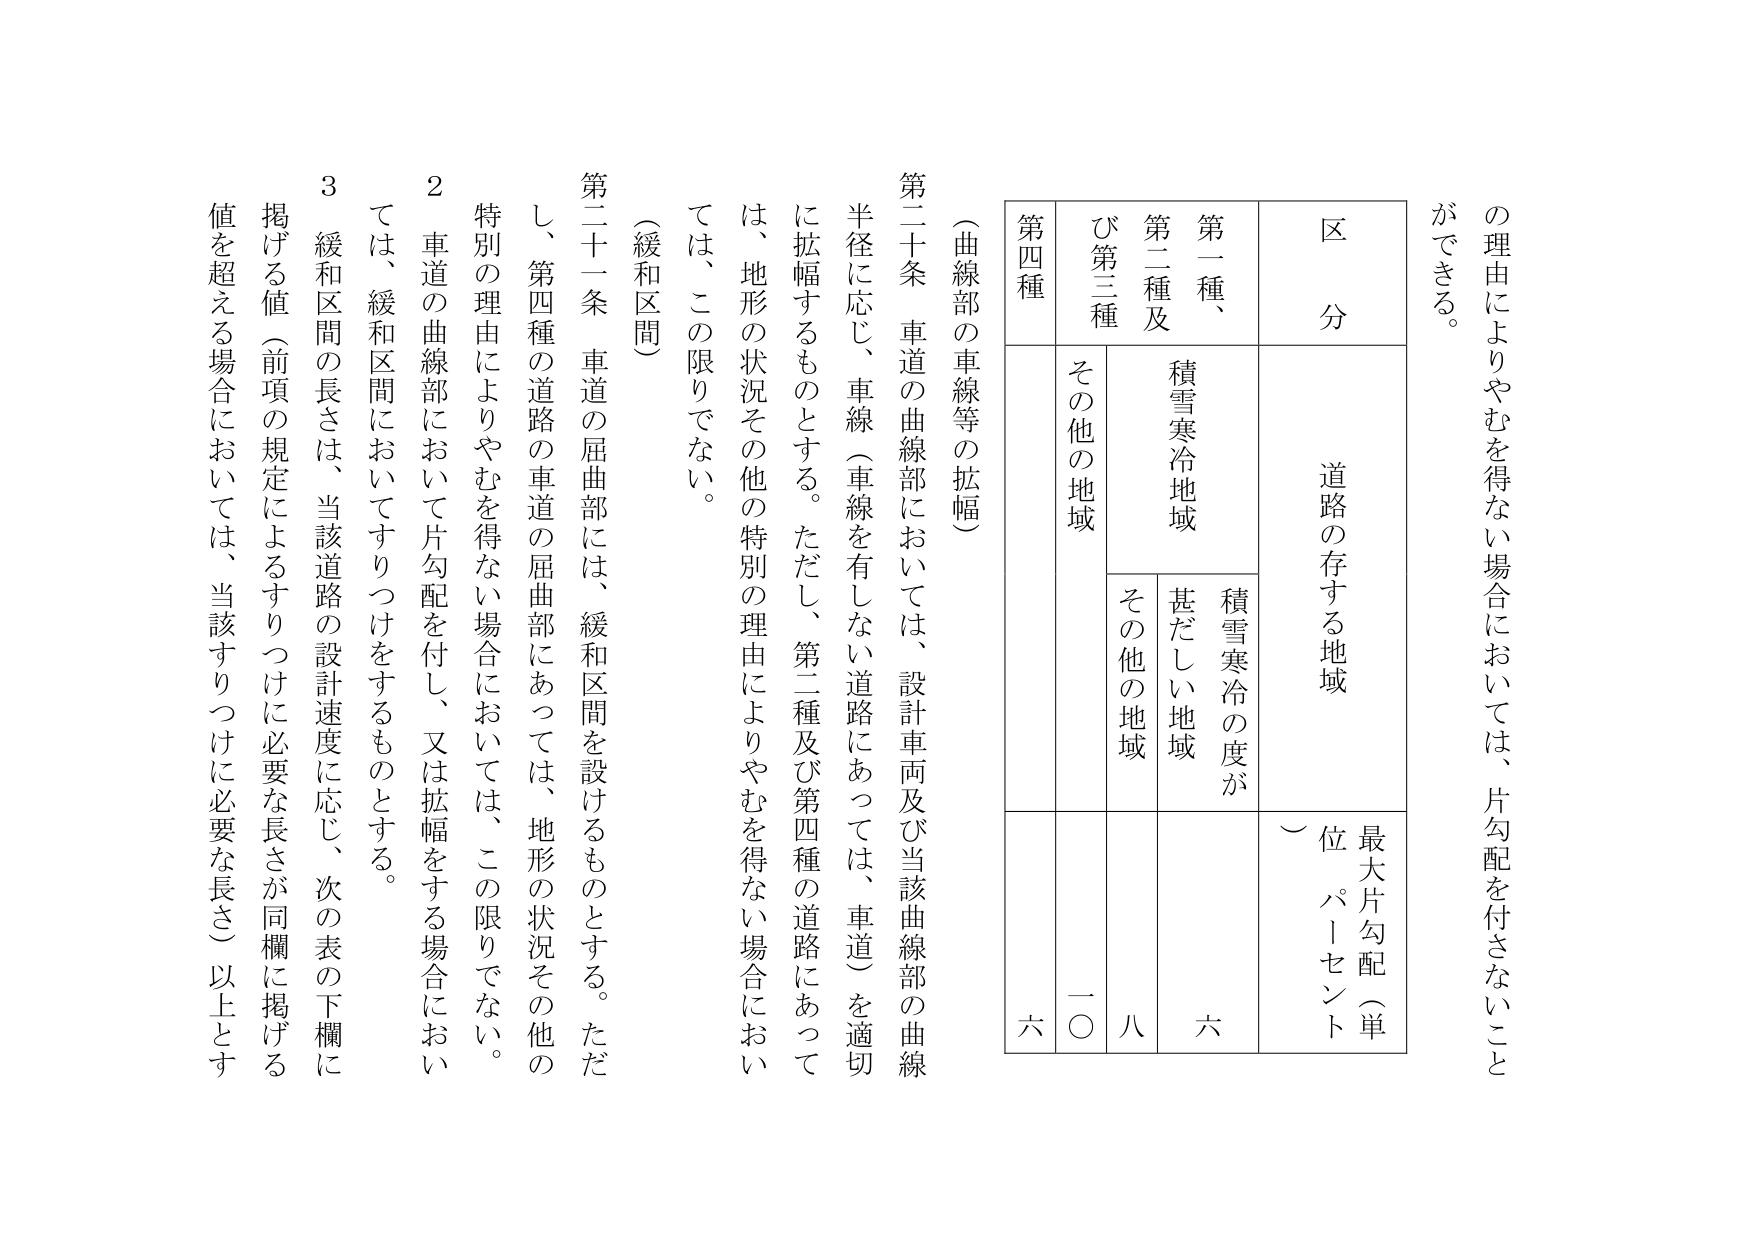
の理由によりやむを得ない場合においては、片勾配を付さないこと
ができる。

（曲線部の車線等の拡幅）
第二十条 車道の曲線部においては、設計車両及び当該曲線部の曲線
半径に応じ、車線（車線を有しない道路にあっては、車道）を適切
に拡幅するものとする。ただし、第二種及び第四種の道路にあって
は、地形の状況その他の特別の理由によりやむを得ない場合におい
ては、この限りでない。

（緩和区間）
第二十一条 車道の屈曲部には、緩和区間を設けるものとする。ただ
し、第四種の道路の車道の屈曲部にあっては、地形の状況その他の
特別の理由によりやむを得ない場合においては、この限りでない。
２ 車道の曲線部において片勾配を付し、又は拡幅をする場合におい
ては、緩和区間においてすりつけをするものとする。
３ 緩和区間の長さは、当該道路の設計速度に応じ、次の表の下欄に
掲げる値（前項の規定によるすりつけに必要な長さが同欄に掲げる
値を超える場合においては、当該すりつけに必要な長さ）以上とす

区 分
道路の存する地域
最大片勾配（単位 パーセント）
第一種、
第二種及び第三種
第四種
積雪寒冷地域
積雪寒冷の度が
甚だしい地域
その他の地域
その他の地域
六
八
一〇
六